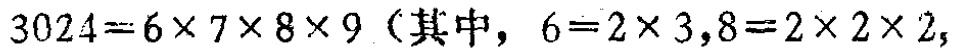
$3024 = 6\times7\times8\times9$（其中，$6 = 2\times3,8 = 2\times2\times2,$